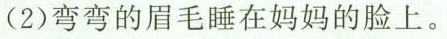
(2) 弯弯的眉毛睡在妈妈的脸上。